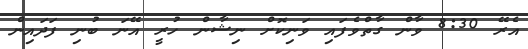
އެރޭ 8:30 ވާން ގާތްވެފައި ވަނިކޮށް ނިޝާން ހުރީ އޭނަ ބުނި ފަދައިން